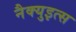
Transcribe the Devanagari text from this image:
नैक्युइत्स